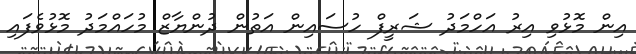
އިން މޮޅުވި އިރު އަހްމަދު ޝަރީފް ހުސައިން އަތުން ދުންޔާޒް މުހައްމަދު މޮޅުވެފައި